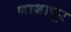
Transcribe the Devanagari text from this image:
नाथापूर